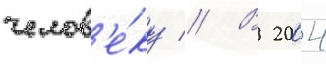
челов'е́ку // В 2004